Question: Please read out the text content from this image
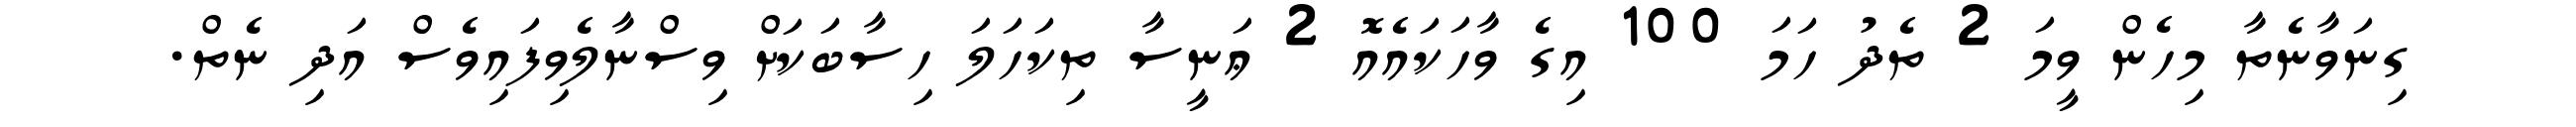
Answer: ގިނަވާނެތާ މިހެން ވީމަ 2 ތެދު ހަމަ 100 އިގެ ވާހަކައެއޮ 2 ޢަނީސާ ތިކަހަލަ ހިސާބަކަށް ވިސްނާލެވިފައިވެސް އަދި ނެތް.